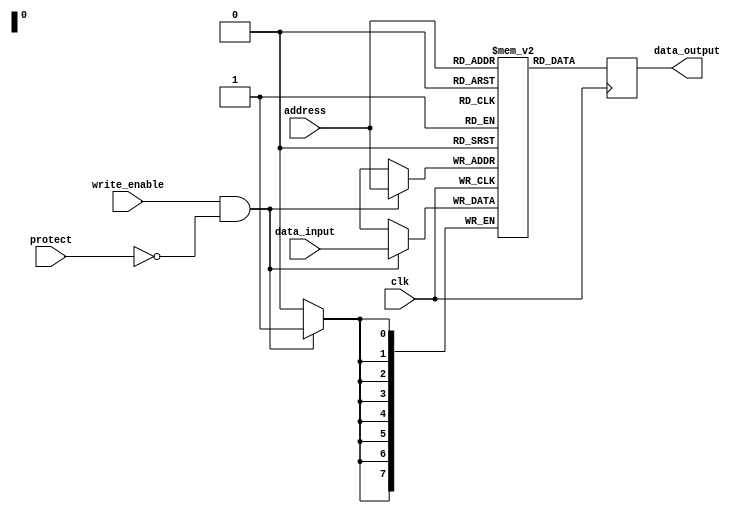
module EPROM(
    input wire clk,
    input wire [7:0] address,
    input wire [7:0] data_input,
    input wire write_enable,
    input wire protect,
    output reg [7:0] data_output
);

reg [7:0] memory [255:0];

always @(posedge clk) begin
    if (write_enable && !protect) begin
        memory[address] <= data_input;
    end
    data_output <= memory[address];
end

endmodule